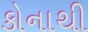
કોનાથી